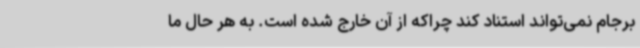
برجام نمی‌تواند استناد کند چراکه از آن خارج شده است. به هر حال ما